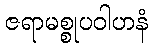
ဇရာမစ္စုပဝါဟနံ